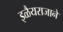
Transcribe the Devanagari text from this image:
इळैयराजाने